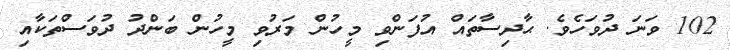
102 ވަނަ ދުވަހެވެ. ޙާދިސާތައް އުފަންވި މީހުން މަރުވި މީހުން ބަންދު ދުވަސްތަކާއި